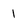
Character: 1